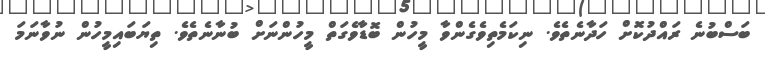
ބަސްބުނެ ރައްދުކޮށް ހަދާނެތެވެ. ނިކަމެތިވެގެންވާ މީހުން ބޮޑާވެގަތް މީހުންނަށް ބުނާނެތެވެ. ތިޔަބައިމީހުން ނުވާނަމަ